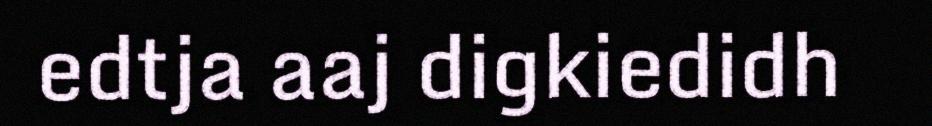
edtja aaj digkiedidh